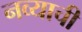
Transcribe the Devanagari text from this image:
नव्याची